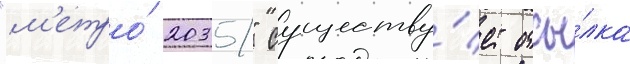
"м'етро́ 2035" существу́ет отсы́лка